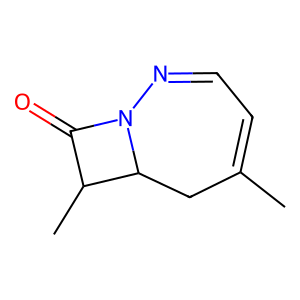
SMILES: CC1=CC=NN2C(=O)C(C)C2C1
Inhibits HIV replication: No